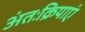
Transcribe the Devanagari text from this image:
अंतःक्रियाएं